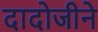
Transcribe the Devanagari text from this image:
दादोजीने